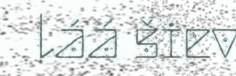
láá šiev